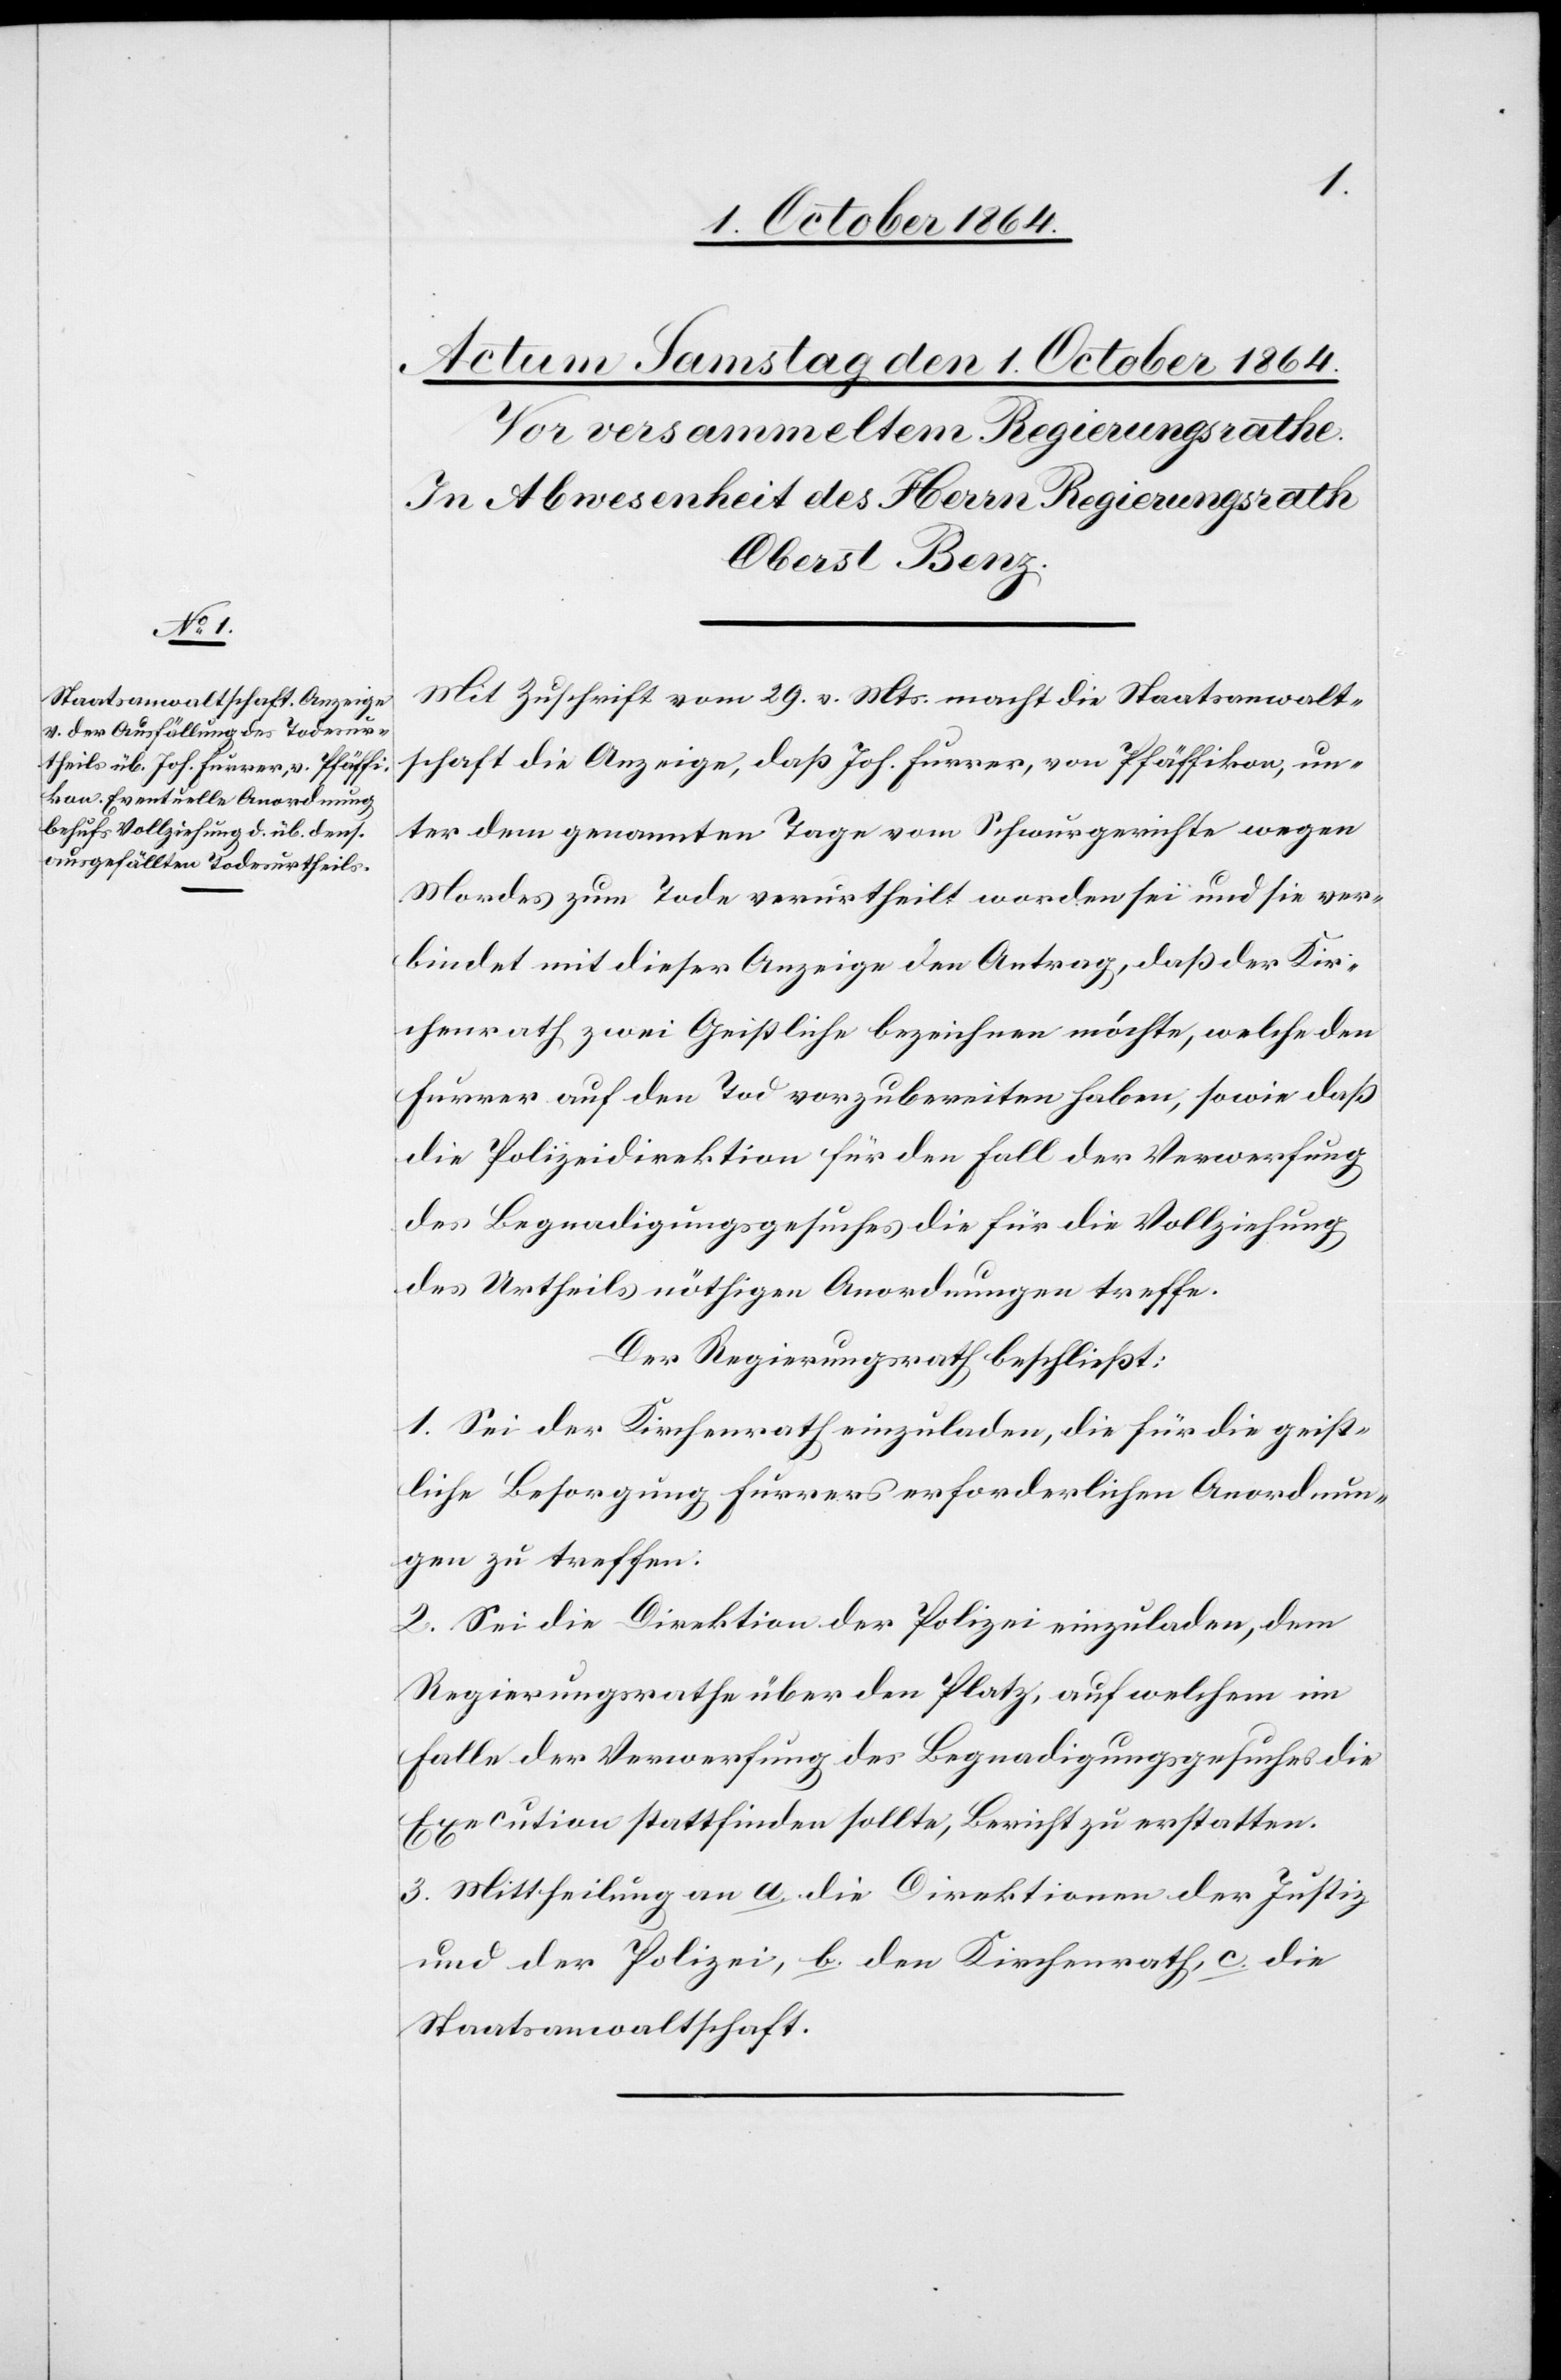
Mit Zuschrift vom 29. v. Mts. macht die Staatsanwalt¬
schaft die Anzeige, daß Joh. Furrer, von Pfäffikon, un¬
ter dem genannten Tage vom Schwurgerichte wegen
Mordes zum Tode verurtheilt worden sei und sie ver¬
bindet mit dieser Anzeige den Antrag, daß der Kir¬
chenrath zwei Geistliche bezeichnen möchte, welche den
Furrer auf den Tod vorzubereiten haben, sowie daß
die Polizeidirektion für den Fall der Verwerfung
des Begnadigungsgesuches die für die Vollziehung
des Urtheils nöthigen Anordnungen treffe.
Der Regierungsrath beschließt:
1. Sei der Kirchenrath einzuladen, die für die geist¬
liche Besorgung Furrers erforderlichen Anordnun¬
gen zu treffen.
2. Sei die Direktion der Polizei einzuladen, dem
Regierungsrathe über den Platz, auf welchem im
Falle der Verwerfung des Begnadigungsgesuches die
Execution stattfinden sollte, Bericht zu erstatten.
3. Mittheilung an a.) die Direktionen der Justiz
und der Polizei, b.) den Kirchenrath, c.) die
Staatsanwaltschaft.